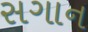
સગાન